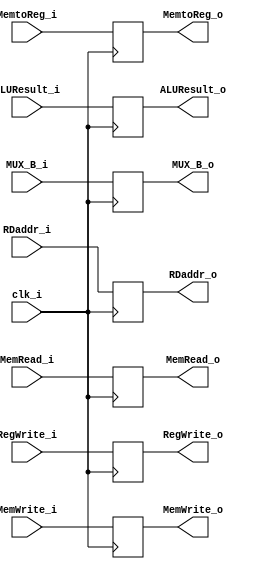
module EXMEM (
	clk_i,
	RegWrite_i,
    MemtoReg_i,
    MemRead_i,
    MemWrite_i,

    ALUResult_i,
    MUX_B_i,
    RDaddr_i,

    RegWrite_o,
    MemtoReg_o,
    MemRead_o,
    MemWrite_o,

    ALUResult_o,
    MUX_B_o,
    RDaddr_o
);

input 						clk_i;
input						RegWrite_i, MemtoReg_i, MemRead_i, MemWrite_i;
input signed	[31:0]		ALUResult_i, MUX_B_i;
input			[4:0]		RDaddr_i;

output						RegWrite_o, MemtoReg_o, MemRead_o, MemWrite_o;
output signed	[31:0]		ALUResult_o, MUX_B_o;
output			[4:0]		RDaddr_o;

reg							RegWrite_o, MemtoReg_o, MemRead_o, MemWrite_o;
reg signed		[31:0]		ALUResult_o, MUX_B_o;
reg 			[4:0]		RDaddr_o;

always @(posedge clk_i) begin
	//Stall ?
	RegWrite_o <= RegWrite_i;
	MemtoReg_o <= MemtoReg_i;
	MemRead_o <= MemRead_i;
	MemWrite_o <= MemWrite_i;
	ALUResult_o <= ALUResult_i;
	MUX_B_o <= MUX_B_i;
	RDaddr_o <= RDaddr_i;
end

endmodule